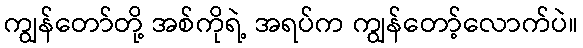
ကျွန်တော်တို့ အစ်ကိုရဲ့ အရပ်က ကျွန်တော့်လောက်ပဲ။